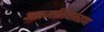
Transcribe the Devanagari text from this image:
आत्मनियन्त्राण